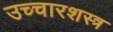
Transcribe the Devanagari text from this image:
उच्चारशस्त्र